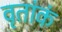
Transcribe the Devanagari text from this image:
वृतांकं